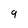
Character: 9